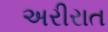
અરીરાત